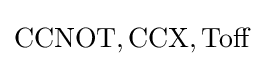
\mathrm {CCNOT} ,\mathrm {CCX} ,\mathrm {Toff}